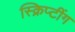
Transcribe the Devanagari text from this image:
स्क्रिप्टींग